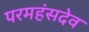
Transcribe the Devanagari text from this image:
परमहंसदेव